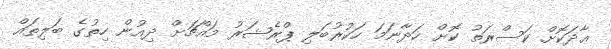
ޢާދަކޮށް ކަސްރަތު ކޮށް ހަދާނަމަ ހަކުރުބަލި ޕްރެޝަރު މައްޗަށް ދިއުން ހިތުގެ ބަލިތައް